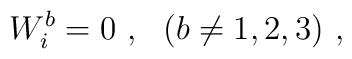
W^b_i = 0 \ , \ \ (b \ne 1,2,3) \ ,